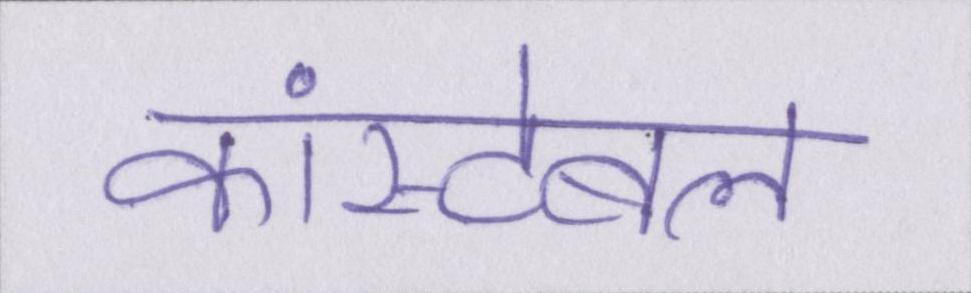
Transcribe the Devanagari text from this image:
कांस्टेबल